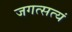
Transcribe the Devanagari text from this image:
जगत्सत्यं